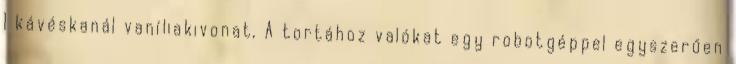
1 kávéskanál vaníliakivonat, A tortához valókat egy robotgéppel egyszerűen